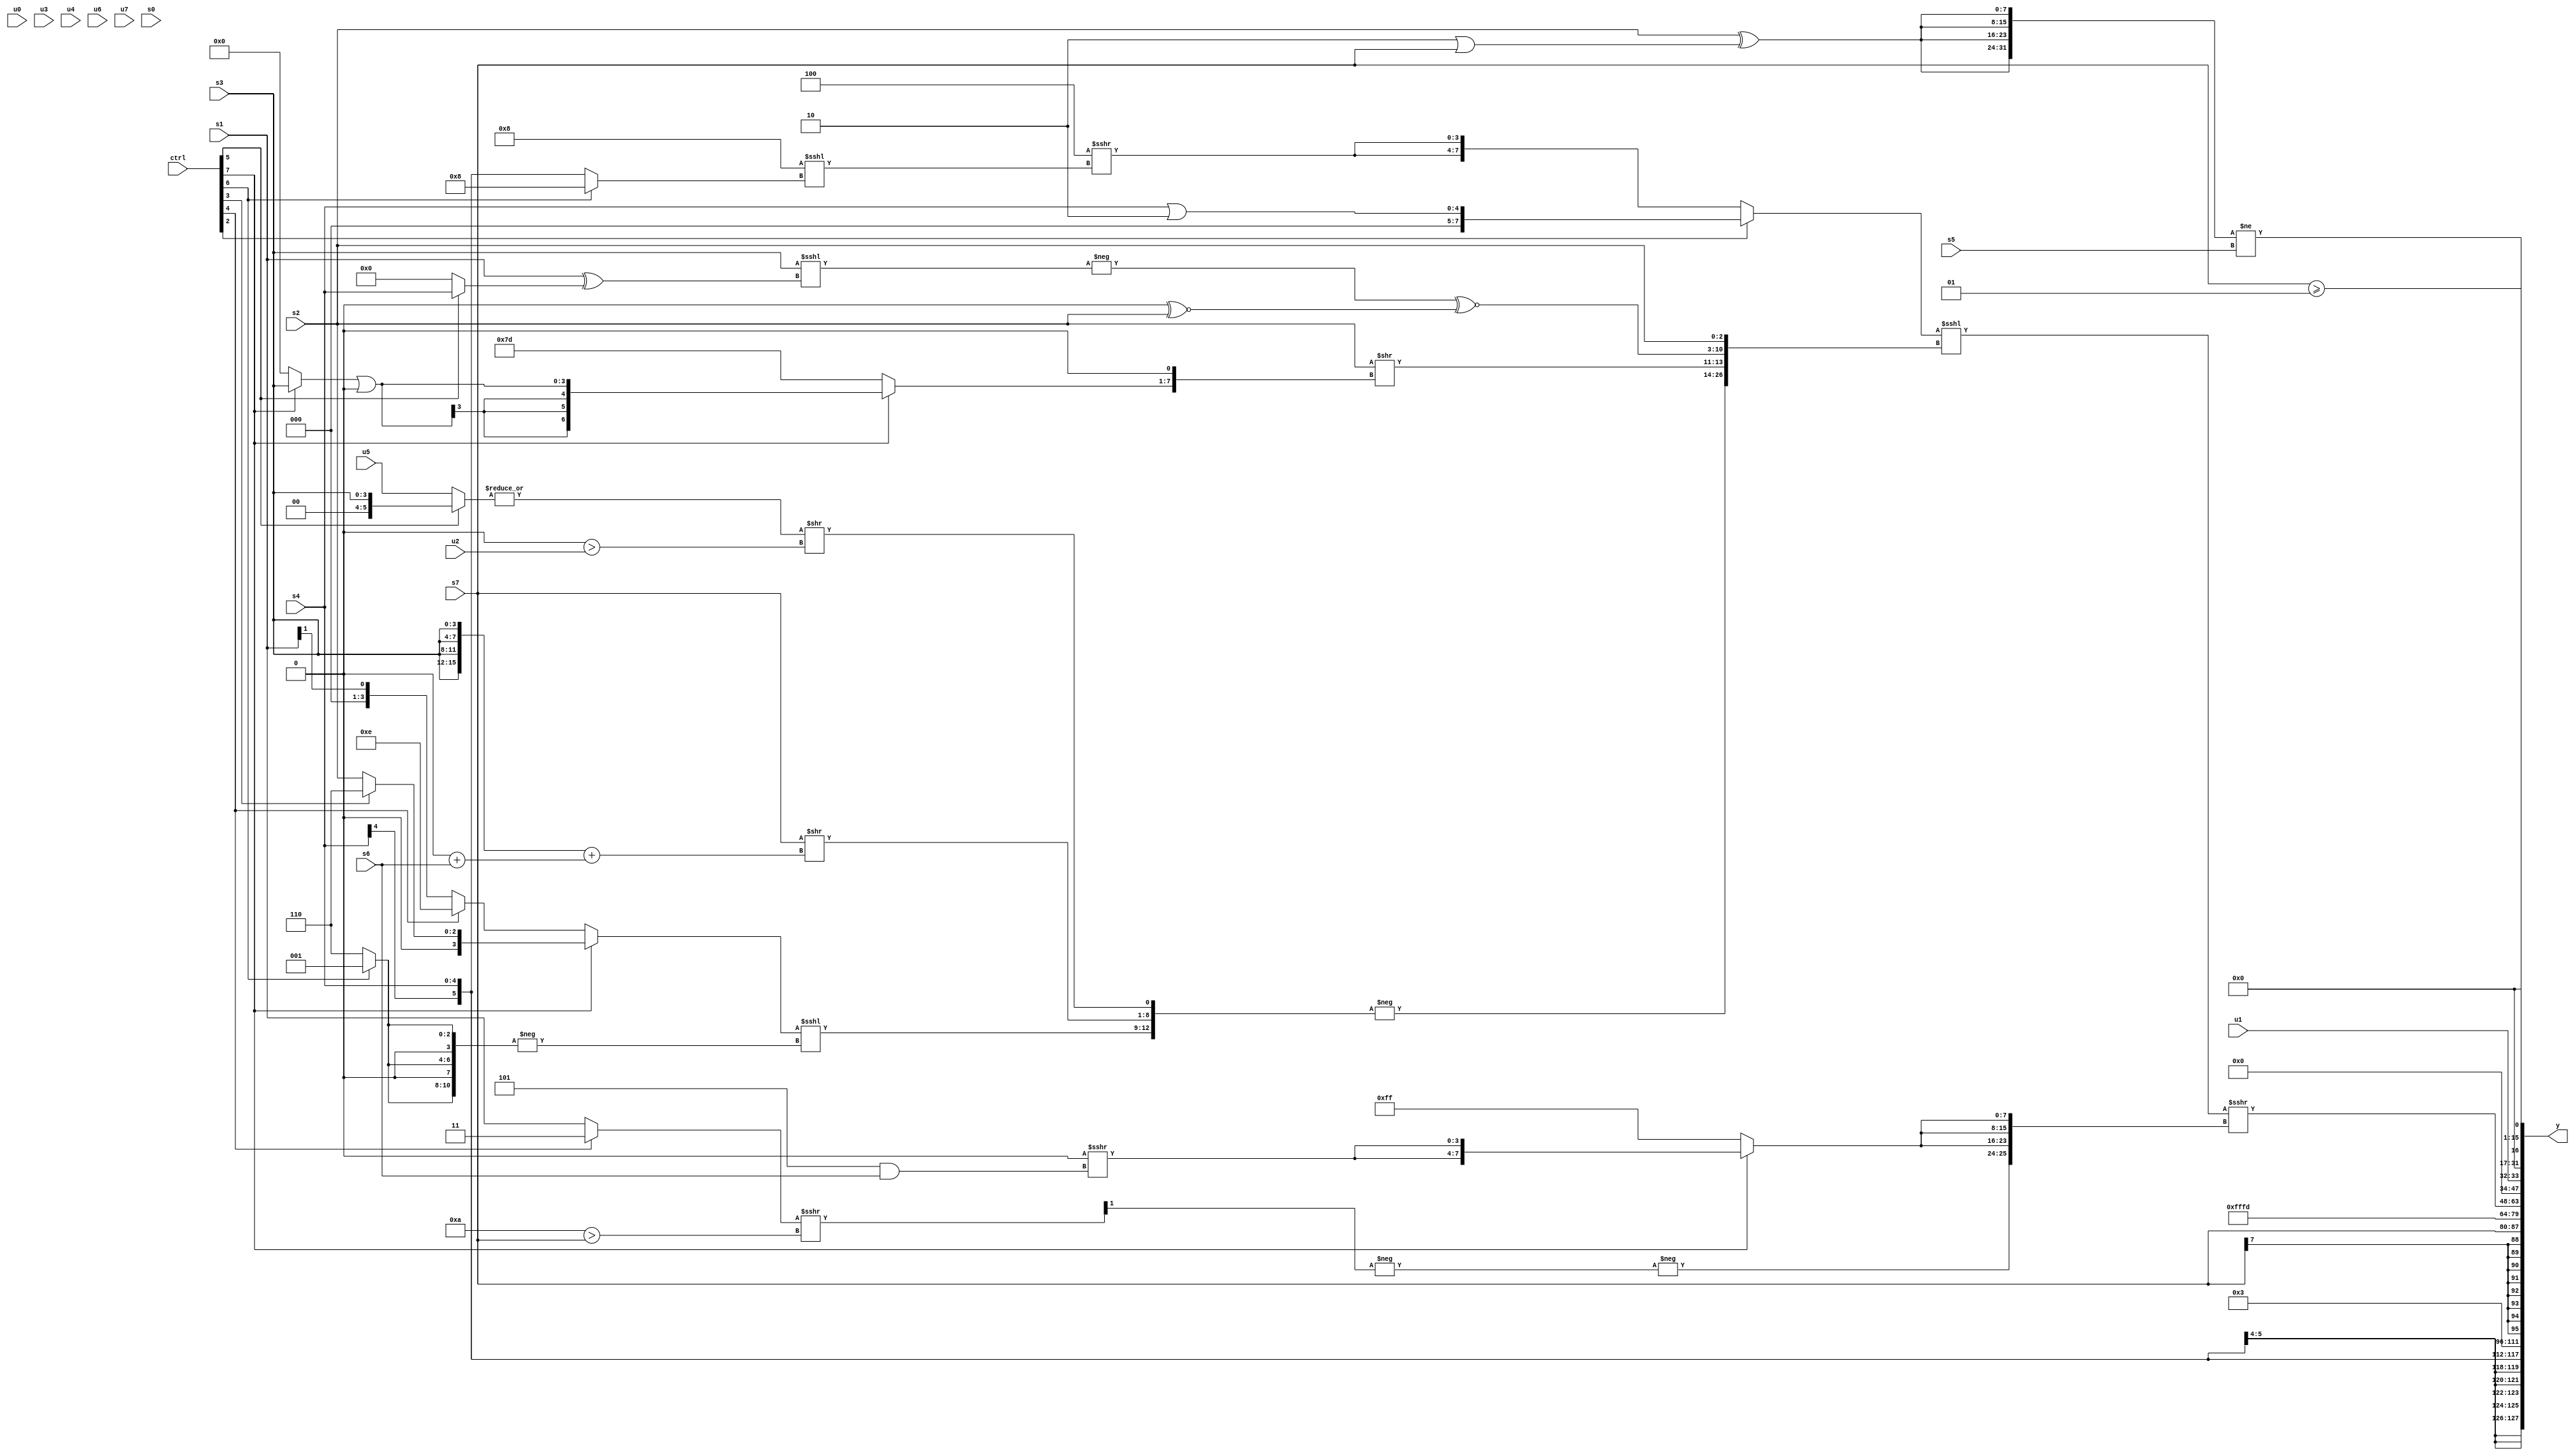
module wideexpr_00511(ctrl, u0, u1, u2, u3, u4, u5, u6, u7, s0, s1, s2, s3, s4, s5, s6, s7, y);
  input [7:0] ctrl;
  input [0:0] u0;
  input [1:0] u1;
  input [2:0] u2;
  input [3:0] u3;
  input [4:0] u4;
  input [5:0] u5;
  input [6:0] u6;
  input [7:0] u7;
  input signed [0:0] s0;
  input signed [1:0] s1;
  input signed [2:0] s2;
  input signed [3:0] s3;
  input signed [4:0] s4;
  input signed [5:0] s5;
  input signed [6:0] s6;
  input signed [7:0] s7;
  output [127:0] y;
  wire [15:0] y0;
  wire [15:0] y1;
  wire [15:0] y2;
  wire [15:0] y3;
  wire [15:0] y4;
  wire [15:0] y5;
  wire [15:0] y6;
  wire [15:0] y7;
  assign y = {y0,y1,y2,y3,y4,y5,y6,y7};
  assign y0 = s4;
  assign y1 = 3'sb011;
  assign y2 = s7;
  assign y3 = $signed({1{4'sb1101}});
  assign y4 = (((ctrl[2]?(s4)|(2'b10):{2{+((4'sb1100)>>>($signed((5'sb01000)<<<((ctrl[6]?6'sb001000:s4)))))}}))<<<({-({((ctrl[7]?{(ctrl[3]?3'sb110:s2)}:(ctrl[4]?(4'b0000)+(4'b1110):(s1)>>>(1'b1))))<<<(-({3{(ctrl[6]?4'sb0001:4'sb0110)}})),+((s7)>>(({4{s3}})+((2'b00)+(s6)))),$signed((|((ctrl[5]?s3:u5)))>>(((u4)>>(5'b11001))>(u2)))}),(s2)>>({(ctrl[7]?$signed(((ctrl[7]?s3:2'sb00))|((s6)<<(5'b11011))):3'sb101),1'sb0}),(-((s3)<<<(((s1)>>>(~^(2'sb01)))^((ctrl[5]?$signed(s4):1'sb0)))))^~((($signed({2{$signed(4'sb1100)}}))<<<(4'b1110))^~($signed($signed(s2)))),s2}))>>>({$unsigned(-(-(($signed(((ctrl[4]?2'sb11:s1))>>>((5'sb11010)>(s7))))>>>(6'sb111110)))),{3{(ctrl[7]?$signed({2{$unsigned((4'b0000)>>>((3'sb101)&(s6)))}}):+(3'sb111))}}});
  assign y5 = u1;
  assign y6 = ($signed({4{($signed(s2))^(($signed(2'sb10))|(s7))}}))!=(s5);
  assign y7 = (s7)>=(4'sb0001);
endmodule